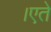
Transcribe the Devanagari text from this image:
।एते